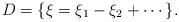
LaTeX: \begin{align*}D = \{ \xi = \xi_1-\xi_2 + \cdots \}.\end{align*}